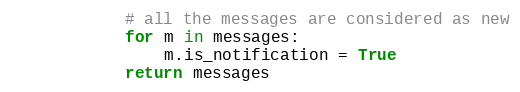
Language: Python
            # all the messages are considered as new
            for m in messages:
                m.is_notification = True
            return messages